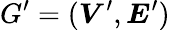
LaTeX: G^{\prime}=(\boldsymbol{V}^{\prime},\boldsymbol{E}^{\prime})